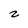
Character: z